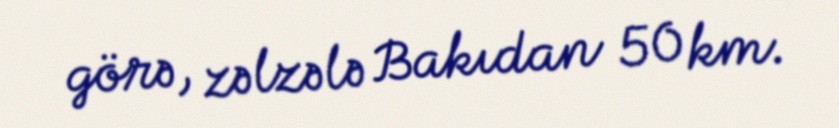
görə, zəlzələ Bakıdan 50 km.